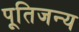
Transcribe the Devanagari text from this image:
पूतिजन्य